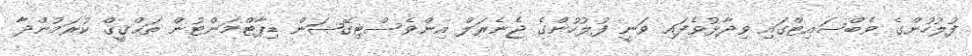
ފުލުހުންގެ ވެބްސައިޓްގައި ވިދާޅުވެފައި ވަނީ ފުލުހުންގެ ޖެނެރަލް އިންވެސްޓިގޭޝަން ޑިޕާޓްމަންޓުން ތަޙްޤީޤް ކުރަމުންދާ